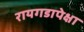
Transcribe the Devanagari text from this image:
रायगडापेक्षा